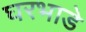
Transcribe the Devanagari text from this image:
घरभाडे